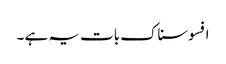
افسوسناک بات یہ ہے ۔